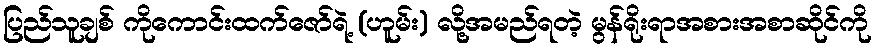
ပြည်သူချစ် ကိုကောင်းထက်ဇော်ရဲ့ (ဟူမ်း) လို့အမည်ရတဲ့ မွန်ရိုးရာအစားအစာဆိုင်ကို